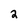
Character: 2